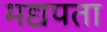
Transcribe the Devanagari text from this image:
मद्यपता